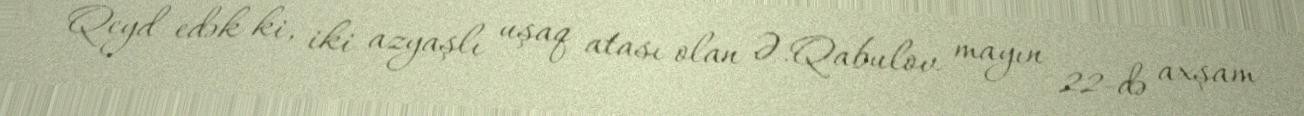
Qeyd edək ki, iki azyaşlı uşaq atası olan Ə.Qabulov mayın 22-də axşam